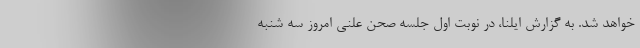
خواهد شد. به گزارش ایلنا، در نوبت اول جلسه صحن علنی امروز سه شنبه